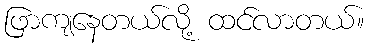
ဖြာကျနေတယ်လို့ ထင်လာတယ်။